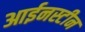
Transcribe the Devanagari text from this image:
आईनस्टीन